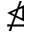
\ntrianglelefteq